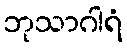
ဘုသာဂါရံ